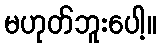
မဟုတ်ဘူးပေါ့။